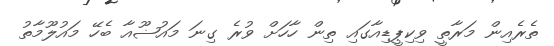
ތެރެއިން މަރާތީ ވިކިޕީޑިއާގައި ތިން ހާހަށް ވުރެ ގިނަ މައުޟޫއާ ބެހޭ މައުލޫމާތު